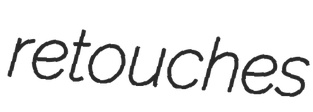
retouches